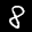
Label: 8